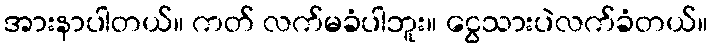
အားနာပါတယ်။ ကတ် လက်မခံပါဘူး။ ငွေသားပဲလက်ခံတယ်။